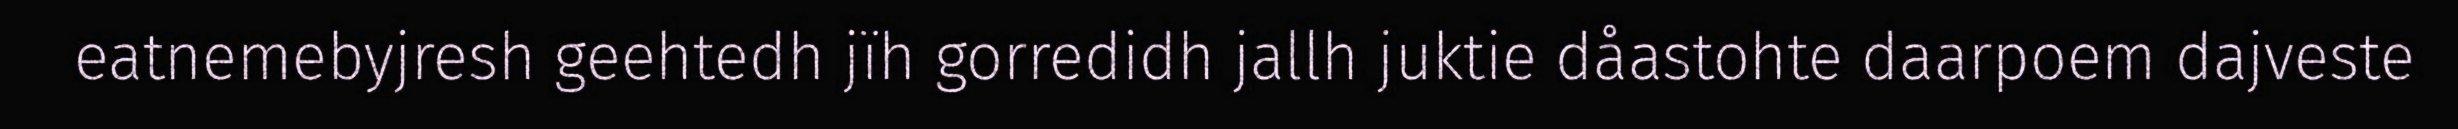
eatnemebyjresh geehtedh jïh gorredidh jallh juktie dåastohte daarpoem dajveste